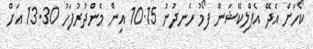
ކޯހަށް އެދޭ އެޕްލިކޭޝަން ފޯމު ހެނދުނު 10.15 އިން މެންދުރުފަހު 13.30 އަށް